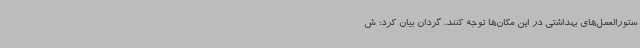
ستورالعمل‌های بهداشتی در این مکان‌ها توجه کنند. گردان بیان کرد: ش